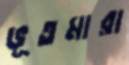
ভূতমারা